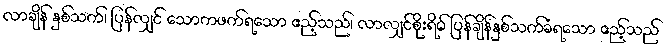
လာချိန် နှစ်သက်၊ ပြန်လျှင် သောကဖက်ရသော ဧည့်သည်၊ လာလျှင်စိုးရိမ် ပြန်ချိန်နှစ်သက်ခံရသော ဧည့်သည်